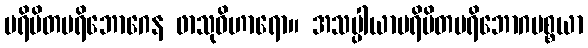
ပရိမိတပရိဘောဂေန ဖာသုဝိဟာရော။ အသပ္ပါယာပရိမိတပရိဘောဂပစ္စယာ